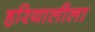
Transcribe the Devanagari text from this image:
हरियालीला